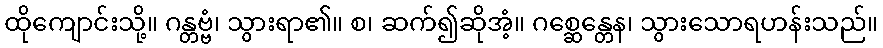
ထိုကျောင်းသို့။ ဂန္တဗ္ဗံ၊ သွားရာ၏။ စ၊ ဆက်၍ဆိုအံ့။ ဂစ္ဆေန္တေန၊ သွားသောရဟန်းသည်။